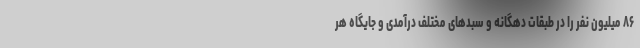
۸۶ میلیون نفر را در طبقات دهگانه و سبدهای مختلف درآمدی و جایگاه هر